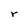
Character: r